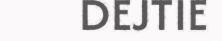
DEJTIE